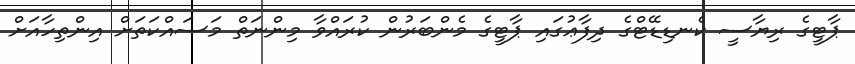
ޕާޓީގެ ރިޔާސީ ކެނޑިޑޭޓްގެ ދިފާޢުގައި ޕާޓީގެ މެންބަރުން ކުރައްވާ މިންނަތް މަސައްކަތަށް އިންތިހާއަށް